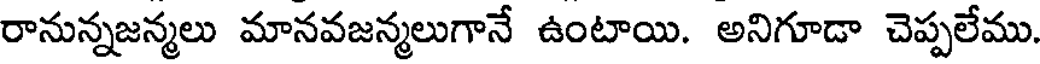
రానున్నజన్మలు మానవజన్మలుగానే ఉంటాయి. అనిగూడా చెప్పలేము.